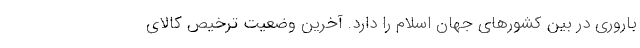
باروری در بین کشورهای جهان اسلام را دارد. آخرین وضعیت ترخیص کالای